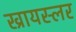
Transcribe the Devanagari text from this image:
ख्रायस्लर